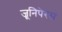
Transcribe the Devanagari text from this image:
जूनिपेरस